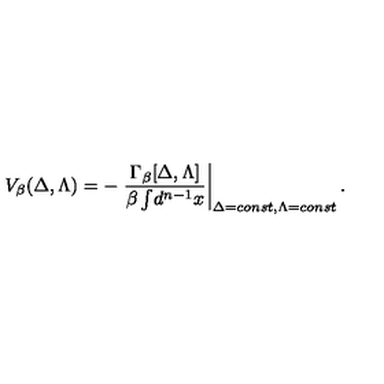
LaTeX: V _ { \beta } ( \Delta , \Lambda ) = - \left. \frac { \Gamma _ { \beta } [ \Delta , \Lambda ] } { \beta \int \! d ^ { n - 1 } x } \right| _ { \Delta = c o n s t , \Lambda = c o n s t } .